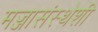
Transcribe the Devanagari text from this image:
मज्जासंस्थेशी